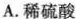
A.稀硫酸